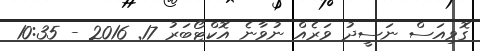
ގޮވިއަސް ނަސީދު ވަރެއް ނުވާނެ އޮކްޓޯބަރު 17